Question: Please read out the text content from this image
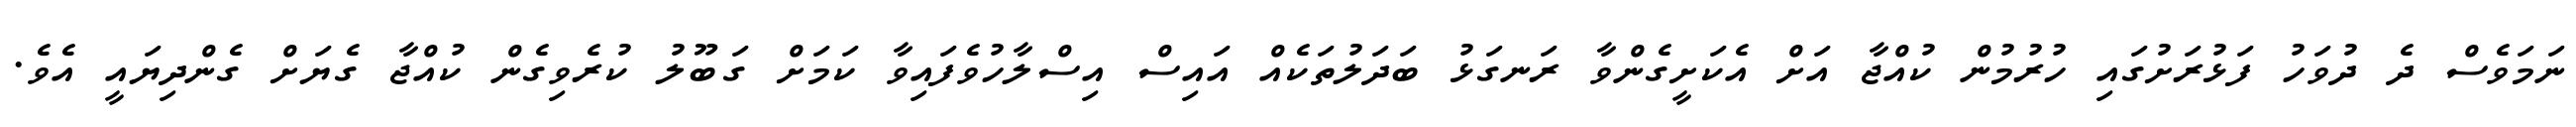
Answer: ނަމަވެސް ދެ ދުވަހު ފަޅުރަށުގައި ހުރުމުން ކުއްޖާ އަށް އެކަށީގެންވާ ރަނގަޅު ބަދަލުތަކެއް އައިސް އިސްލާހުވެފައިވާ ކަމަށް ގަބޫލު ކުރެވިގެން ކުއްޖާ ގެޔަށް ގެންދިޔައީ އެވެ.